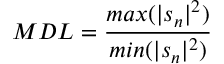
M D L = \frac { m a x ( | s _ { n } | ^ { 2 } ) } { m i n ( | s _ { n } | ^ { 2 } ) }